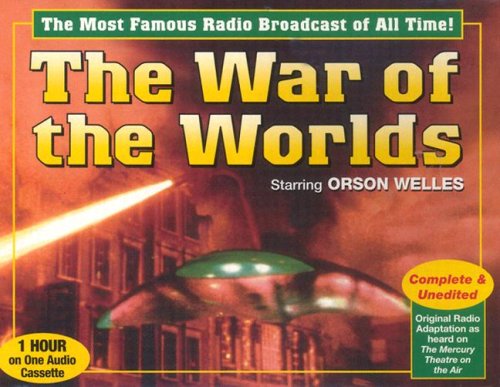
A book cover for The War of the Worlds (Hallowen); Radio Spirits; Humor & Entertainment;